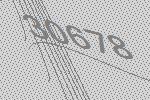
30678